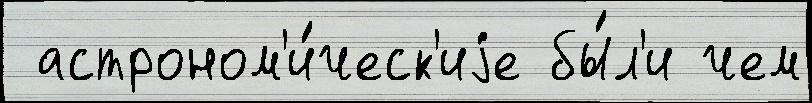
 астроном'и́ческ'иjе бы́л'и чем